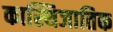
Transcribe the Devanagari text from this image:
कास्थिजातिक